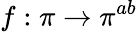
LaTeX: f:\pi\to\pi^{ab}